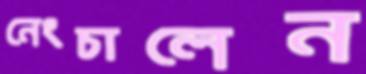
নেংচালেন